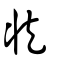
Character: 臧